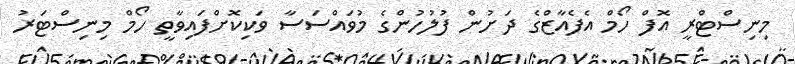
މިނިސްޓްރީ އޮފް ހޯމް އެފެއާޒްގެ ދަށުން ފުލުހުންގެ މުވައްސަސާ ވަކިކޮށްފައިވާތީ ހޯމް މިނިސްޓަރު